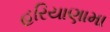
હરિયાણામા